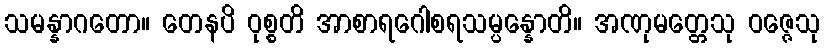
သမန္နာဂတော။ တေနပိ ဝုစ္စတိ အာစာရဂေါစရသမ္ပန္နောတိ။ အဏုမတ္တေသု ဝဇ္ဇေသု